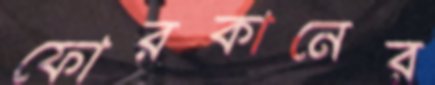
ফোরকানের